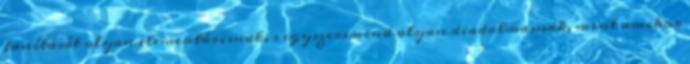
tanítását olyan elementárisnak, s egyszersmind olyan diadalmasnak, mint amikor